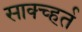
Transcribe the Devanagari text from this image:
साक्च्हर्त